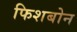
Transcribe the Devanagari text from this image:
फिशबोन